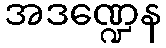
အဒဏ္ဍေန